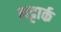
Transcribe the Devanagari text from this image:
भट्टार्क